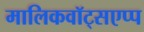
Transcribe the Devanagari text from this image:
मालिकवॉट्सएप्प